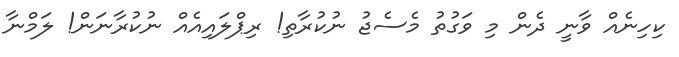
ކިހިނެއް ވާނީ ދެން މި ވަގުތު މެސެޖު ނުކުރާތި! ރިޕްލައިއެއް ނުކުރާނަން! ލަމްނާ